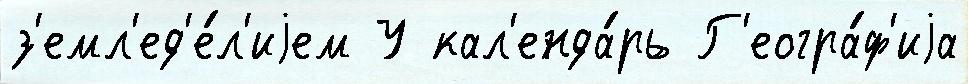
з'емл'ед'е́л'иjем У кал'енда́рь Г'еогра́ф'иjа